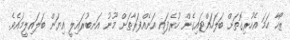
ޒޯހާ ހަމަ އެހުރިގޮތަށް ބަލަހައްޓައިގެން ހުރެފައި އަނެއްފަރާތަށް މޫނު އަނބުރައިލީ އިޔަން ބަލައިލީމައެވެ.